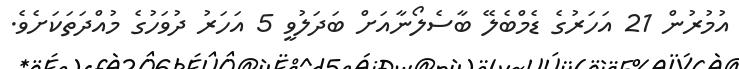
އުމުރުން 21 އަހަރުގެ ޑެމްބެލޭ ބާސެލޯނާއަށް ބަދަލުވީ 5 އަހަރު ދުވަހުގެ މުއްދަތަކަށެވެ.